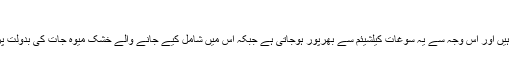
کیلشیئم کا حصول
گاجر کے حلوے میں اکثر افراد دودھ کو بھی شامل کرتے ہیں اور اس وجہ سے یہ سوغات کیلشیئم سے بھرپور ہوجاتی ہے جبکہ اس میں شامل کیے جانے والے خشک میوہ جات کی بدولت پروٹین اور اینٹی آکسائیڈنٹس بھی جسم کو حاصل ہوتے ہیں۔